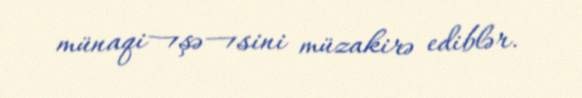
münaqi¬şə¬sini müzakirə ediblər.